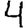
Digit: 4